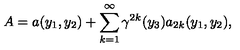
A = a ( y _ { 1 } , y _ { 2 } ) + \sum _ { k = 1 } ^ { \infty } { \gamma } ^ { 2 k } ( y _ { 3 } ) a _ { 2 k } ( y _ { 1 } , y _ { 2 } ) ,